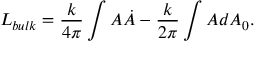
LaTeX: L _ { b u l k } = \frac { k } { 4 \pi } \int A \dot { A } - \frac { k } { 2 \pi } \int A d A _ { 0 } .